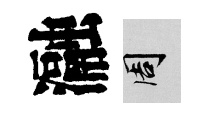
瀜周